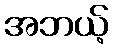
အဘယ့်